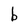
Character: b